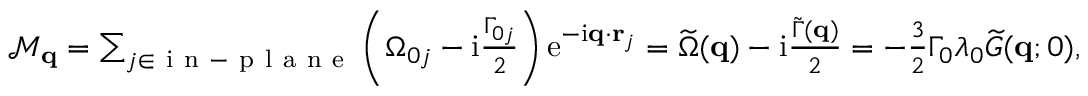
\begin{array} { r } { \mathcal { M } _ { \mathbf { q } } = \sum _ { j \in \mathrm { ~ i ~ n ~ - ~ p ~ l ~ a ~ n ~ e ~ } } \left( \Omega _ { 0 j } - \mathrm { i } \frac { \Gamma _ { 0 j } } { 2 } \right) \mathrm { e } ^ { - \mathrm { i } \mathbf { q } \cdot \mathbf { r } _ { j } } = \widetilde \Omega ( \mathbf { q } ) - \mathrm { i } \frac { \widetilde \Gamma ( \mathbf { q } ) } { 2 } = - \frac { 3 } { 2 } \Gamma _ { 0 } \lambda _ { 0 } \widetilde G ( \mathbf { q } ; 0 ) , } \end{array}